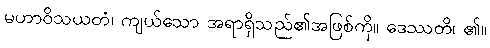
မဟာဝိသယတံ၊ ကျယ်သော အရာရှိသည်၏အဖြစ်ကို။ ဒေဿတိ၊ ၏။